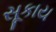
સૂકાય